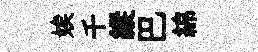
娭千縱巴綿